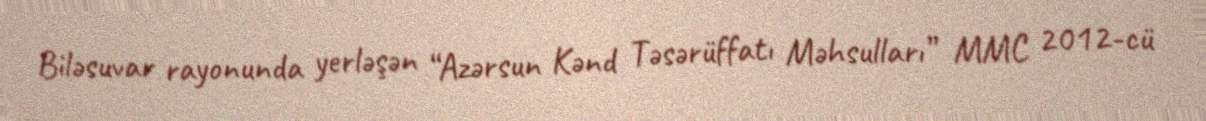
Biləsuvar rayonunda yerləşən “Azərsun Kənd Təsərüffatı Məhsulları” MMC 2012-cü